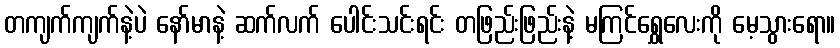
တကျက်ကျက်နဲ့ပဲ နော်မာနဲ့ ဆက်လက် ပေါင်းသင်းရင်း တဖြည်းဖြည်းနဲ့ မကြင်ရွှေလေးကို မေ့သွားရော။